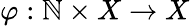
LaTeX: \varphi:\mathbb{N}\times X\to X